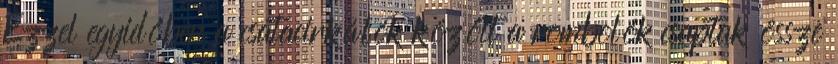
Ezzel egyidőben a csatacirkálók között a rombolók csaptak össze